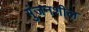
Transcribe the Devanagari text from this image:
गुंजनशील